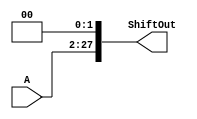
`timescale 1ns / 1ps
//////////////////////////////////////////////////////////////////////////////////
// Company: 
// Engineer: 
// 
// Design Name: 
// Module Name: SL2J
// Project Name: 
// Target Devices: 
// Tool Versions: 
// Description: 
// 
// Dependencies: 
// 
// Revision:
// Revision 0.01 - File Created
// Additional Comments:
// 
//////////////////////////////////////////////////////////////////////////////////


module SL2J(A,ShiftOut);
    input [25:0] A;
   output reg [27:0] ShiftOut;
   
   always@(*) begin
    ShiftOut = A << 2;
   end
endmodule